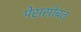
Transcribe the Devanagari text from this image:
पेससोबत